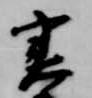
実